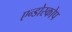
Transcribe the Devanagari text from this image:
एन्डोस्कोप